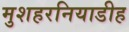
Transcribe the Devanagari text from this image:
मुशहरनियाडीह